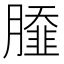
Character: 𦠿